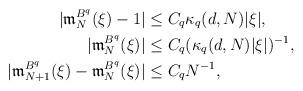
LaTeX: \begin{align*} |\mathfrak m_N^{B^{q}}(\xi)-1|&\le C_q\kappa_q(d, N)|\xi|,\\ |\mathfrak m_N^{B^{q}}(\xi)|&\le C_q(\kappa_q(d, N)|\xi|)^{-1},\\ |\mathfrak m_{N+1}^{B^{q}}(\xi)-\mathfrak m_{N}^{B^{q}}(\xi)|&\le C_qN^{-1}, \end{align*}